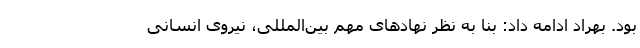
بود. بهراد ادامه داد: بنا به نظر نهادهای مهم بین‌المللی، نیروی انسانی